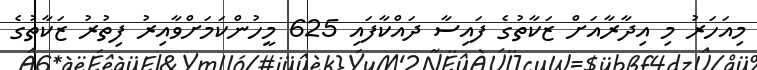
މިއަހަރު މި އިދާރާއަށް ޒަކާތުގެ ފައިސާ ދައްކާފައި 625 މީހުންކަމަށްވާއިރު ފިތުރު ޒަކާތުގެ